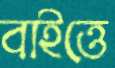
বাইত্তে